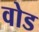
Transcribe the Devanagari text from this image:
वोड